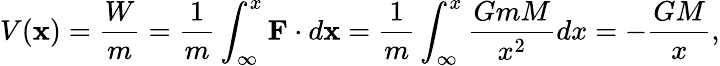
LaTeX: V(\mathbf{x})={\frac{W}{m}}={\frac{1}{m}}\int_{\infty}^{x}\mathbf{F}\cdot d\mathbf{x}={\frac{1}{m}}\int_{\infty}^{x}{\frac{GmM}{x^{2}}}dx=-{\frac{GM}{x}},